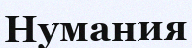
Нумания